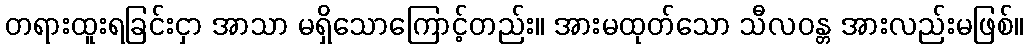
တရားထူးရခြင်းငှာ အာသာ မရှိသောကြောင့်တည်း။ အားမထုတ်သော သီလဝန္တ အားလည်းမဖြစ်။